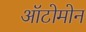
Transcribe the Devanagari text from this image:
ऑटोमोन